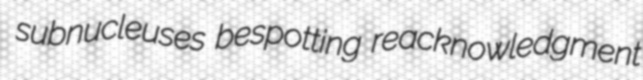
subnucleuses bespotting reacknowledgment